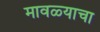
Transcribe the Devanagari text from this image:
मावळ्याचा